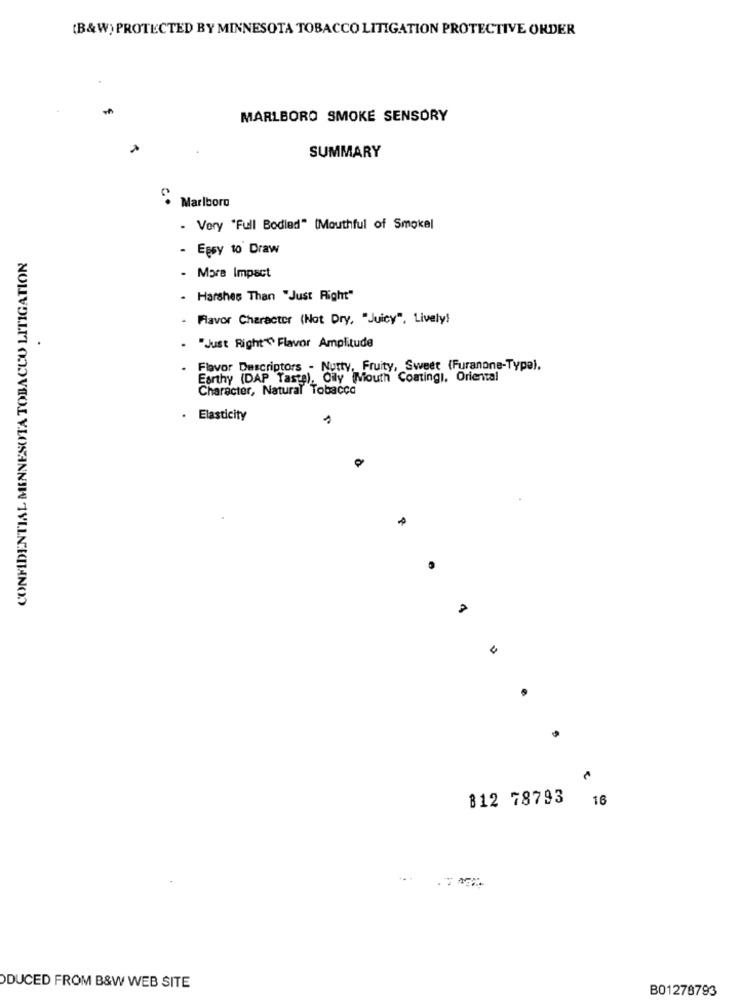
(B&W) PROTECTED BY MINNESOTA TOBACCO LITIGATION PROTECTIVE ORDER
MARLBORO SMOKE SENSORY
SUMMARY
Marlboro
- Very "Full Bodied" (Mouthful of Smokel
CONFIDENTIAL MINNESOTA TOBACCO LITIGATION
- Egsy to Draw
- More Impact
- Harshes Than "Just Right"
Flavor Character (Not Dry, "Juicy", Lively!
"Just Right Flavor Amplitude
Flavor Descriptors - Nutty, Fruity, Sweet (Furanone-Type).
Earthy (DAP Taste), Oily Mouth Coatingi, Oriental
Character, Natural Tobacco
· Elasticity
4
812 78793
16
ODUCED FROM B&W WEB SITE
B01278793